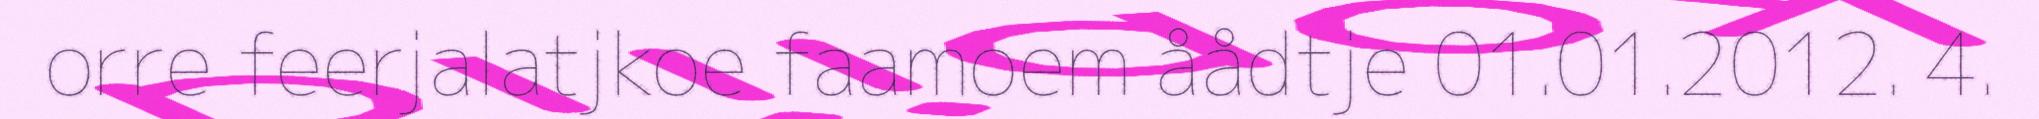
orre feerjalatjkoe faamoem åådtje 01.01.2012. 4.